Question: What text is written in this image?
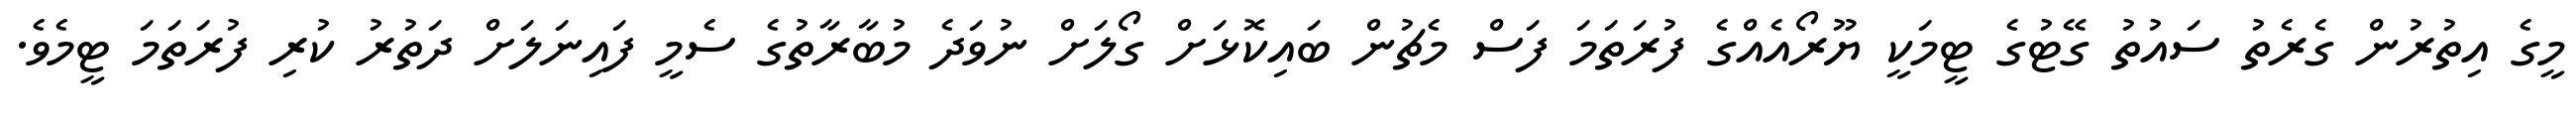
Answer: މީގެ އިތުރުން ގެރެތު ސައުތު ގޭޓުގެ ޓީމަކީ ޔޫރޯއެއްގެ ފުރަތަމަ ފަސް މެޗުން ބައިކޮޅަށް ގޯލަށް ނުވަދެ މުބާރާތުގެ ސެމީ ފައިނަލަށް ދަތުރު ކުރި ފުރަތަމަ ޓީމެވެ.